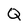
Character: Q